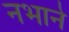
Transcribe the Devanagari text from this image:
नभाने